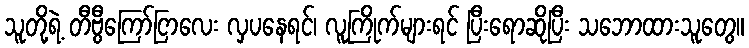
သူတို့ရဲ့ တီဗွီကြော်ငြာလေး လှပနေရင်၊ လူကြိုက်များရင် ပြီးရောဆိုပြီး သဘောထားသူတွေ။